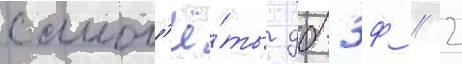
самол'ё́ты дб-3ф // 2